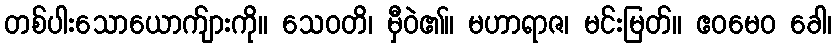
တစ်ပါးသောယောက်ျားကို။ သေဝတိ၊ မှီဝဲ၏။ မဟာရာဇ၊ မင်းမြတ်။ ဧဝမေဝ ခေါ၊